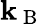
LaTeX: \mathbf{k}_{\mathrm{{~B~}}}